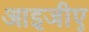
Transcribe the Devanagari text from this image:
आइजीए